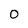
Character: 0